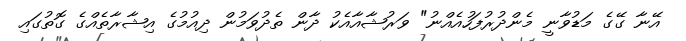
އޭނާ ގޭގެ މަޑުވާނީ މެންދުރުފަހުއެއްނު" ވަރުޝާއާއެކު ދާން ތެދުވަމުން ދިއުމުގެ އިޝާރާތެއްގެ ގޮތުގައި